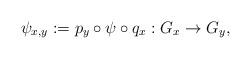
LaTeX: \begin{align*}\psi_{x,y} := p_y \circ \psi \circ q_x : G_x \rightarrow G_y,\end{align*}